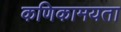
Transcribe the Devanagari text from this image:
कणिकामयता